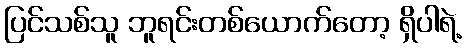
ပြင်သစ်သူ ဘူရင်းတစ်ယောက်တော့ ရှိပါရဲ့